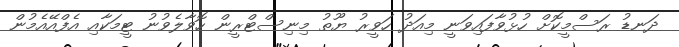
ދަނޑު ރަސްމީކޮށް ހުޅުވާފައިވަނީ މިއަދު ހަވީރު ޔޫތު މިނިސްޓްރީން ހޮވާލެވުނު ޓީމަކާއި އެފްއޭއެމުން